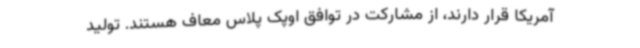
آمریکا قرار دارند، از مشارکت در توافق اوپک پلاس معاف هستند. تولید